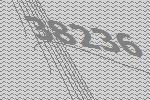
38236